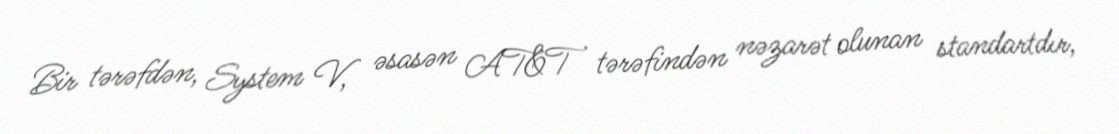
Bir tərəfdən, System V, əsasən AT&T tərəfindən nəzarət olunan standartdır,